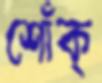
শোঁক্‌